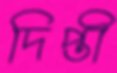
দিপ্তী